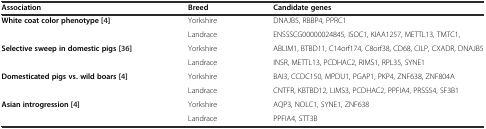
<table><thead><tr><td><b>Association</b></td><td><b>Breed</b></td><td><b>Candidate genes</b></td></tr></thead><tbody><tr><td rowspan="2"><b>White coat color phenotype [</b>4<b>]</b></td><td>Yorkshire</td><td>DNAJB5, RBBP4, PPRC1</td></tr><tr><td>Landrace</td><td>ENSSSCG00000024845, ISOC1, KIAA1257, METTL13, TMTC1,</td></tr><tr><td rowspan="2"><b>Selective sweep in domestic pigs [</b>36<b>]</b></td><td>Yorkshire</td><td>ABLIM1, BTBD11, C14orf174, C8orf38, CD68, CILP, CXADR, DNAJB5</td></tr><tr><td>Landrace</td><td>INSR, METTL13, PCDHAC2, RIMS1, RPL35, SYNE1</td></tr><tr><td rowspan="2"><b>Domesticated pigs vs. wild boars [</b>4<b>]</b></td><td>Yorkshire</td><td>BAI3, CCDC150, MPDU1, PGAP1, PKP4, ZNF638, ZNF804A</td></tr><tr><td>Landrace</td><td>CNTFR, KBTBD12, LIMS3, PCDHAC2, PPFIA4, PRSS54, SF3B1</td></tr><tr><td rowspan="2"><b>Asian introgression [</b>4<b>]</b></td><td>Yorkshire</td><td>AQP3, NOLC1, SYNE1, ZNF638</td></tr><tr><td>Landrace</td><td>PPFIA4, STT3B</td></tr></tbody></table>